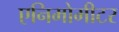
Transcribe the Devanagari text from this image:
एनिमोमीटर